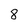
Character: 8